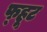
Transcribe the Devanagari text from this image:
फ्हूट